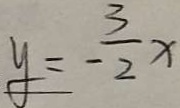
y = - \frac { 3 } { 2 } x